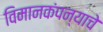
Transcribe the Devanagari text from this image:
विमानकंपन्याचे